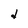
Character: d